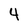
Character: 4